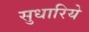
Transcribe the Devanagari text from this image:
सुधारिये